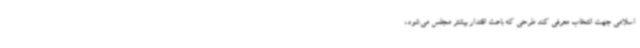
اسلامی جهت انتخاب معرفی کند طرحی که باعث اقتدار بیشتر مجلس می‌شود،